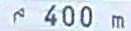
^{\sim}400\mathrm